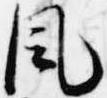
風